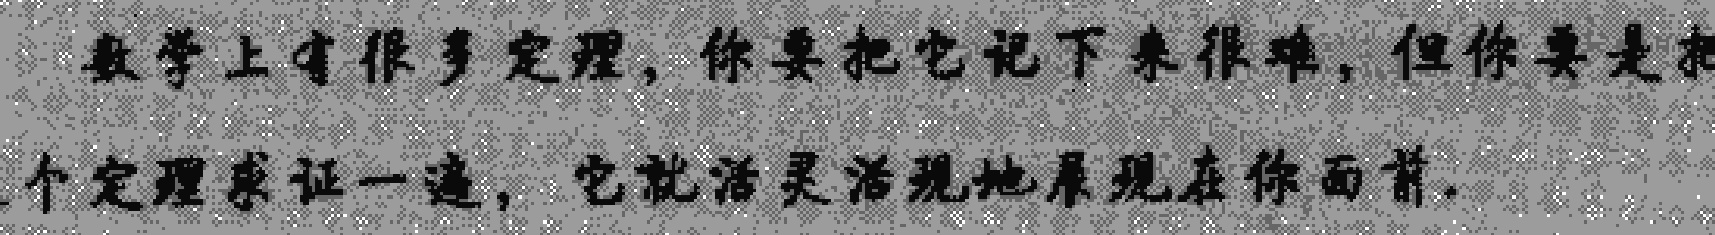
数学上有很多定理，你要把它记下来很难，但你要是把

个定理求证一遍，它就活灵活现地展现在你面前。